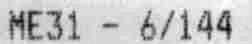
ME31 - 6/144